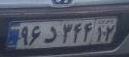
۹۶د۳۴۴۱۲